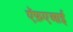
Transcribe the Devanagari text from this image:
ऍफ़एआई